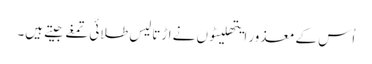
اُس کے معذور ایتھلیٹوں نے اڑتالیس طلائی تمغے جیتے ہیں۔